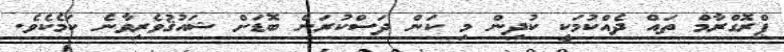
ޕްރޮގްރާމް ތައް ދެއްކުމަކީ ކުދިން މި ކަން ދަސްކުރަން ބޮޑަށް ޝައުޤުވެރިވާނެ ކަމެކެވެ.